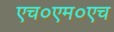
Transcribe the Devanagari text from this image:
एच०एम०एच